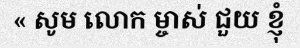
« សូម លោក ម្ចាស់ ជួយ ខ្ញុំ